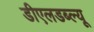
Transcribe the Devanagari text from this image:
डीएलडब्ल्यू